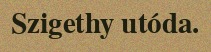
Szigethy utóda.